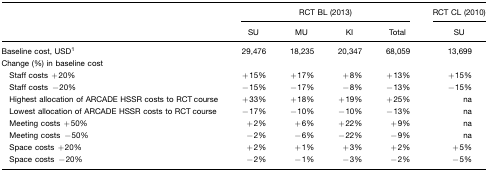
<table><thead><tr><td></td><td colspan="4"><b>RCT BL (2013)</b></td><td><b>RCT CL (2010)</b></td></tr><tr><td></td><td><b>SU</b></td><td><b>MU</b></td><td><b>KI</b></td><td><b>Total</b></td><td><b>SU</b></td></tr></thead><tbody><tr><td>Baseline cost, USD1</td><td>29,476</td><td>18,235</td><td>20,347</td><td>68,059</td><td>13,699</td></tr><tr><td>Change (%) in baseline cost</td><td></td><td></td><td></td><td></td><td></td></tr><tr><td> Staff costs +20%</td><td>+15%</td><td>+17%</td><td>+8%</td><td>+13%</td><td>+15%</td></tr><tr><td> Staff costs −20%</td><td>−15%</td><td>−17%</td><td>−8%</td><td>−13%</td><td>−15%</td></tr><tr><td> Highest allocation of ARCADE HSSR costs to RCT course</td><td>+33%</td><td>+18%</td><td>+19%</td><td>+25%</td><td>na</td></tr><tr><td> Lowest allocation of ARCADE HSSR costs to RCT course</td><td>−17%</td><td>−10%</td><td>−10%</td><td>−13%</td><td>na</td></tr><tr><td> Meeting costs +50%</td><td>+2%</td><td>+6%</td><td>+22%</td><td>+9%</td><td>na</td></tr><tr><td> Meeting costs −50%</td><td>−2%</td><td>−6%</td><td>−22%</td><td>−9%</td><td>na</td></tr><tr><td> Space costs +20%</td><td>+2%</td><td>+1%</td><td>+3%</td><td>+2%</td><td>+5%</td></tr><tr><td> Space costs −20%</td><td>−2%</td><td>−1%</td><td>−3%</td><td>−2%</td><td>−5%</td></tr></tbody></table>